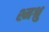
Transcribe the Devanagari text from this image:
श्मश्रु